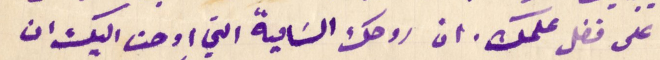
على فضل علمك. ان روحك السَامية التي اوحت اليك ان